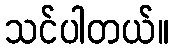
သင်ပါတယ်။